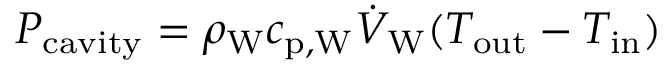
P _ { \mathrm { c a v i t y } } = \rho _ { \mathrm { W } } c _ { \mathrm { p , W } } \dot { V } _ { \mathrm { W } } ( T _ { \mathrm { o u t } } - T _ { \mathrm { i n } } )